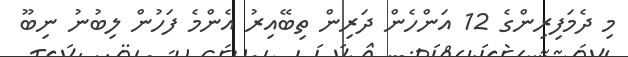
މި ދެމަފިރިންގެ 12 އަންހެން ދަރިން ތިބޭއިރު އެންމެ ފަހުން ލިބުނު ނިބޫ